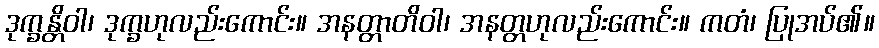
ဒုက္ခန္တိဝါ၊ ဒုက္ခဟုလည်းကောင်း။ အနတ္တာတိဝါ၊ အနတ္တဟုလည်းကောင်း။ ကတံ၊ ပြုအပ်၏။